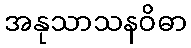
အနုသာသနဝိဓာ